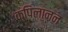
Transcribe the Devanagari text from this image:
कपिलानन